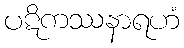
ပဋိကဿနာရဟံ